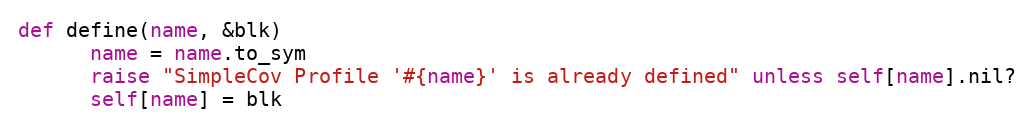
Language: Ruby
def define(name, &blk)
      name = name.to_sym
      raise "SimpleCov Profile '#{name}' is already defined" unless self[name].nil?
      self[name] = blk